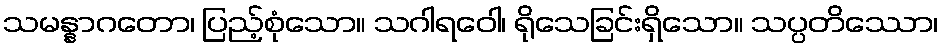
သမန္နာဂတော၊ ပြည့်စုံသော။ သဂါရဝေါ၊ ရိုသေခြင်းရှိသော။ သပ္ပတိဿော၊